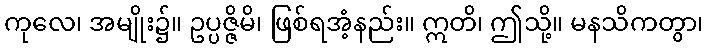
ကုလေ၊ အမျိုး၌။ ဥပ္ပဇ္ဇိမိ၊ ဖြစ်ရအံ့နည်း။ ဣတိ၊ ဤသို့။ မနသိကတွာ၊